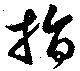
指